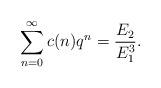
LaTeX: \begin{align*}\sum_{n=0}^{\infty}c(n)q^{n}=\dfrac{E_{2}}{E_{1}^{3}}.\end{align*}